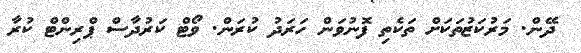
ދޭން. މަރުކަޒުތަކަށް ތަކެތި ފޮނުވަން ހަރަދު ކުރަން. ވޯޓް ކަރުދާސް ޕްރިންޓް ކުރާ